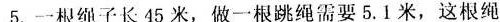
5.一根绳子长45米，做一根跳绳需要5.1米，这根绳